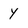
Character: y